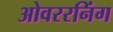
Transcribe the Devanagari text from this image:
ओवररनिंग